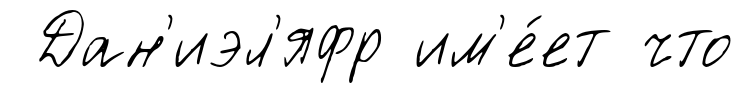
Дан'иэл'яфр им'е́ет что